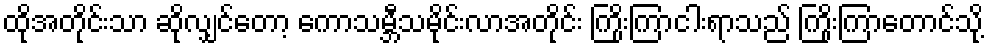
ထိုအတိုင်းသာ ဆိုလျှင်တော့ ကောသမ္ဘီသမိုင်းလာအတိုင်း ကြိုးကြာငါးရာသည် ကြိုးကြာတောင်သို့